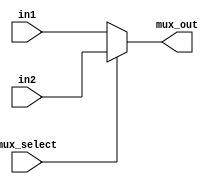
`timescale 1ns / 1ns
//////////////////////////////////////////////////////////////////////////////////
// Company: 
// Engineer: 
// 
// Design Name: 
// Module Name: Mux_two_in
// Project Name: 
// Target Devices: 
// Tool Versions: 
// Description: 
// 
// Dependencies: 
// 
// Revision:
// Revision 0.01 - File Created
// Additional Comments:
// 
//////////////////////////////////////////////////////////////////////////////////

module Mux_two_in(in1,in2,mux_select,mux_out);

input [1727:0] in1;
input [1727:0] in2;
input mux_select;
output [1727:0] mux_out;

assign mux_out = mux_select ? in2 : in1;

endmodule